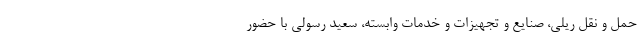
حمل و نقل ریلی، صنایع و تجهیزات و خدمات وابسته، سعید رسولی با حضور